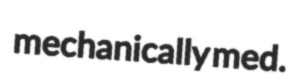
mechanically med.